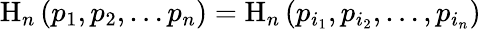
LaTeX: \mathrm{H}_{n}\left(p_{1},p_{2},\ldots p_{n}\right)=\mathrm{H}_{n}\left(p_{i_{1}},p_{i_{2}},\ldots,p_{i_{n}}\right)